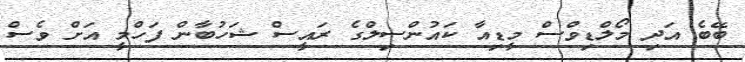
ބޭބެ އަދި މޯލްޑިވްސް މީޑިއާ ކައުންސިލްގެ ރައީސް ޝަހުބާން ފަހްމީ އަށް ވެސް